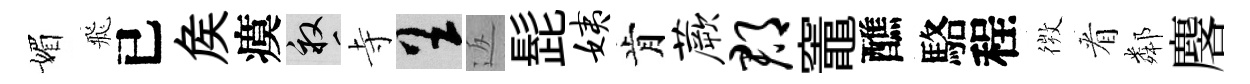
媚飛已矦瘼畝寺呈返髭姨肯蕨郡竈醮駱程𢕄㸔鄰麐